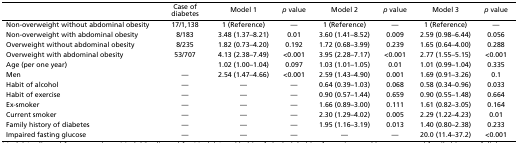
|  | Case of diabetes | Model 1 | p value | Model 2 | p value | Model 3 | p value |
 | --- | --- | --- | --- | --- | --- | --- | --- |
 | Non-overweight without abdominal obesity | 17/1,138 | 1 (Reference) | — | 1 (Reference) | — | 1 (Reference) | — |
 | Non-overweight with abdominal obesity | 8/183 | 3.48 (1.37–8.21) | 0.01 | 3.60 (1.41–8.52) | 0.009 | 2.59 (0.98–6.44) | 0.056 |
 | Overweight without abdominal obesity | 8/235 | 1.82 (0.73–4.20) | 0.192 | 1.72 (0.68–3.99) | 0.239 | 1.65 (0.64–4.00) | 0.288 |
 | Overweight with abdominal obesity | 53/707 | 4.13 (2.38–7.49) | <0.001 | 3.95 (2.28–7.17) | <0.001 | 2.77 (1.55–5.15) | <0.001 |
 | Age (per one year) |  | 1.02 (1.00–1.04) | 0.097 | 1.03 (1.01–1.05) | 0.01 | 1.01 (0.99–1.04) | 0.335 |
 | Men | — | 2.54 (1.47–4.66) | <0.001 | 2.59 (1.43–4.90) | 0.001 | 1.69 (0.91–3.26) | 0.1 |
 | Habit of alcohol | — | — | — | 0.64 (0.39–1.03) | 0.068 | 0.58 (0.34–0.96) | 0.033 |
 | Habit of exercise | — | — | — | 0.90 (0.57–1.44) | 0.659 | 0.90 (0.55–1.48) | 0.664 |
 | Ex-smoker | — | — | — | 1.66 (0.89–3.00) | 0.111 | 1.61 (0.82–3.05) | 0.164 |
 | Current smoker | — | — | — | 2.30 (1.29–4.02) | 0.005 | 2.29 (1.22–4.23) | 0.01 |
 | Family history of diabetes | — | — | — | 1.95 (1.16–3.19) | 0.013 | 1.40 (0.80–2.38) | 0.233 |
 | Impaired fasting glucose | — | — | — | — | — | 20.0 (11.4–37.2) | <0.001 |